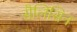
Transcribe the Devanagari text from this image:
सैलिसिन